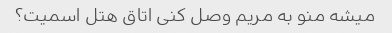
میشه منو به مریم وصل کنی اتاق هتل اسمیت؟